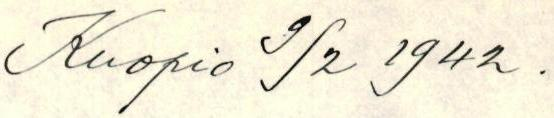
Kuopio 9/2 1942 .